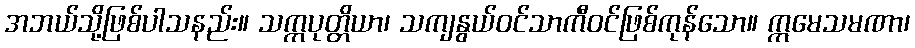
အဘယ်သို့ဖြစ်ပါသနည်း။ သက္ကပုတ္တိယာ၊ သကျနွယ်ဝင်သာကီဝင်ဖြစ်ကုန်သော။ ဣမေသမဏာ၊